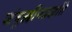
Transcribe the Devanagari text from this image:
जंबुद्वीपप्रज्ञप्ति